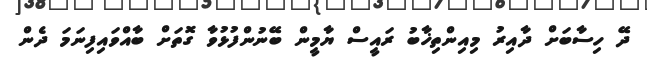
ދޭ ހިސާބަށް ދާއިރު މިއިންތިޚާބު ރައީސް ޔާމީން ބޭނުންފުޅުވާ ގޮތަށް ބާއްވައިފިނަމަ ދެން